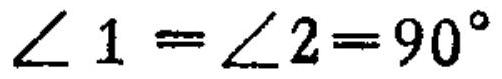
$\angle 1=\angle 2 = 90^{\circ}$